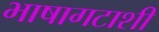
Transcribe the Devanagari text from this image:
भाषागटाशी